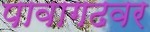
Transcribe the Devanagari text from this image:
पावागढवर